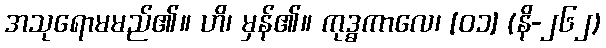
အသုရောမမည်၏။ ဟိ၊ မှန်၏။ ကုဒ္ဓကာလေ၊ [၀၁] (နိ-၂၆၂)